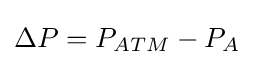
{\Delta P}=P_{ATM}-P_{A}